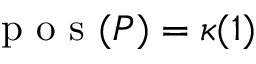
\textup { p o s } ( P ) = \kappa ( 1 )